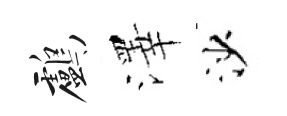
鸕澤沙